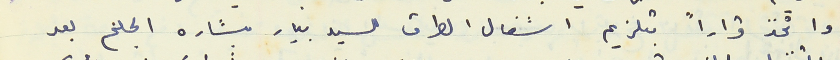
واتخذ قراراً بتلزيم اشغال الطرق للسيد بيار بشاره الجلخ بعد